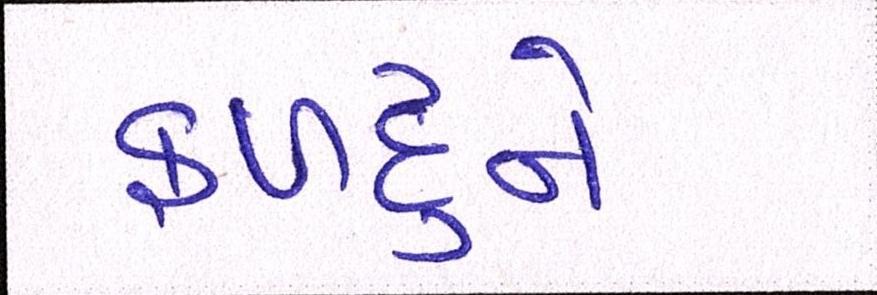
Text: ફળદુને